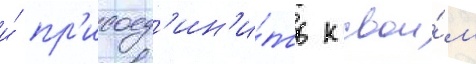
и́ пр'исоед'ин'и́ть к свои́м